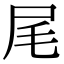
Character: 尾